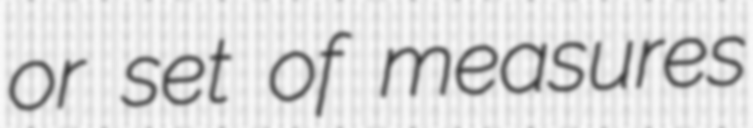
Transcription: or set of measures